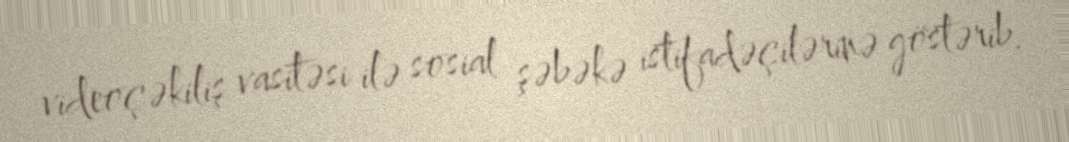
videoçəkiliş vasitəsi ilə sosial şəbəkə istifadəçilərinə göstərib.